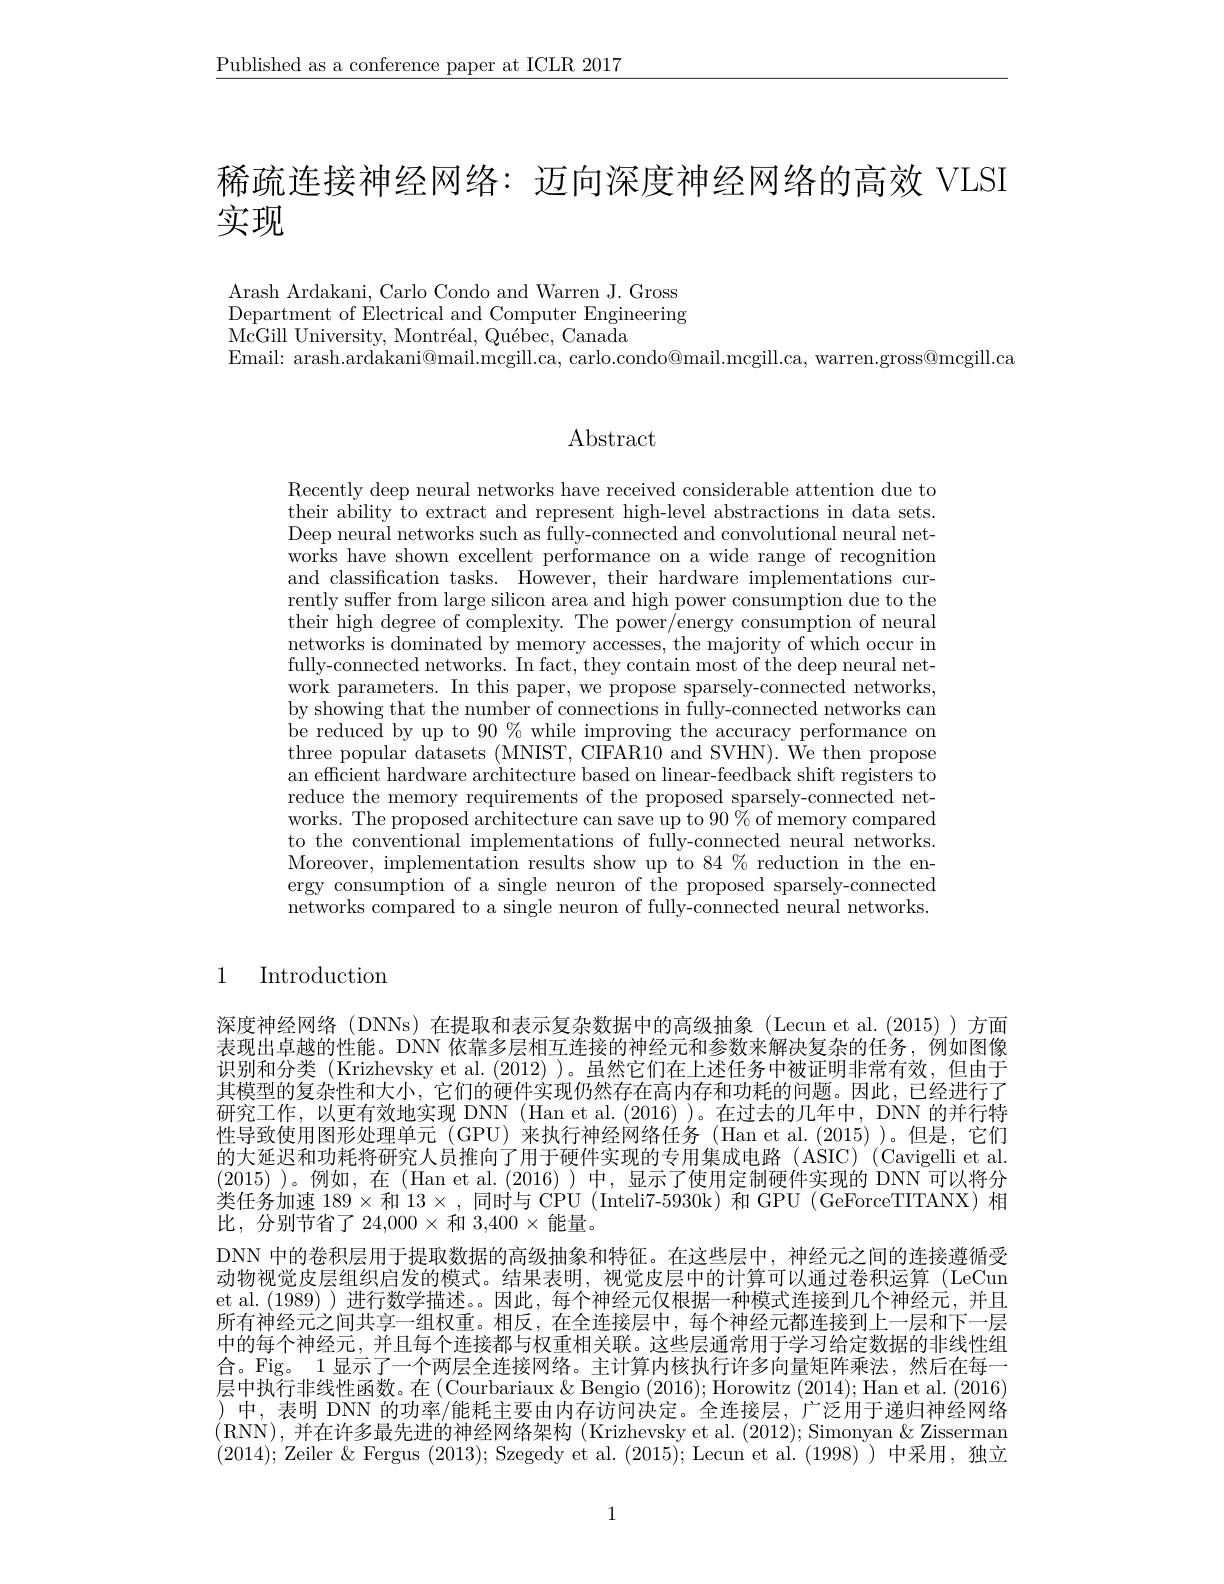
$\underline{\text{Published as a conference paper at ICLR 2017}}$

稀疏连接神经网络：迈向深度神经网络的高效 VLSI
实现

Arash Ardakani, Carlo Condo and Warren J. Gross Department of Electrical and Computer Engineering $\dot{\mathrm{McGill~University,~Montr\'{e}al,~Qu\'{e}bec,~Canada}}$
Email: arash.ardakani@mail.mcgill.ca, carlo.condo@mail.mcgill.ca, warren.gross@mcgill.ca

# Abstract

Recently deep neural networks have received considerable attention due to their ability to extract and represent high-level abstractions in data sets. Deep neural networks such as fully-connected and convolutional neural networks have shown excellent performance on a wide range of recognition and classification tasks. However, their hardware implementations currently suffer from large silicon area and high power consumption due to the their high degree of complexity. The power/energy consumption of neural networks is dominated by memory accesses, the majority of which occur in fully-connected networks. In fact, they contain most of the deep neural network parameters. In this paper, we propose sparsely-connected networks, by showing that the number of connections in fully-connected networks can be reduced by up to $90\%$while improving the accuracy performance on three popular datasets (MNIST, CIFAR10 and SVHN). We then propose an efficient hardware architecture based on linear-feedback shift registers to reduce the memory requirements of the proposed sparsely-connected networks. The proposed architecture can save up to $90\%$ of memory compared to the conventional implementations of fully-connected neural networks. Moreover, implementation results show up to 84 % reduction in the energy consumption of a single neuron of the proposed sparsely-connected $\bar{\text{networks compared to a single neuron of fully-connected neural networks.}}$

1

Introduction

深度神经网络 (DNNs)在提取和表示复杂数据中的高级抽象 (Lecun et al.(2015))方面表现出卓越的性能。DNN 依靠多层相互连接的神经元和参数来解决复杂的任务，例如图像识别和分类 (Krizhevsky et al. (2012) )。虽然它们在上述任务中被证明非常有效，但由于其模型的复杂性和大小，它们的硬件实现仍然存在高内存和功耗的问题。因此，已经进行了研究工作，以更有效地实现 DNN(Han et al.(2016))。在过去的几年中，DNN 的并行特性导致使用图形处理单元 (GPU)来执行神经网络任务 (Han et al.(2015))。但是，它们的大延迟和功耗将研究人员推向了用于硬件实现的专用集成电路(ASIC)(Cavigelli et al. (2015) )。例如，在 (Han et al. (2016) )中，显示了使用定制硬件实现的 DNN 可以将分类任务加速 $189\times$和 13$\times$ ,同时与 CPU (Inteli7-5930k) 和 GPU (GeForceTITANX)相比，分别节省了 24,000 × 和 $3,400\times$能量。
DNN 中的卷积层用于提取数据的高级抽象和特征。在这些层中，神经元之间的连接遵循受动物视觉皮层组织启发的模式。结果表明，视觉皮层中的计算可以通过卷积运算 (LeCun et al. (1989) )进行数学描述。。因此，每个神经元仅根据一种模式连接到几个神经元，并且所有神经元之间共享一组权重。相反，在全连接层中，每个神经元都连接到上一层和下一层中的每个神经元，并且每个连接都与权重相关联。这些层通常用于学习给定数据的非线性组合。Fig。1 显示了一个两层全连接网络。主计算内核执行许多向量矩阵乘法，然后在每一层中执行非线性函数。在 (Courbariaux & Bengio (2016); Horowitz (2014); Han et al. (2016) )中，表明 DNN 的功率/能耗主要由内存访问决定。全连接层，广泛用于递归神经网络(RNN),并在许多最先进的神经网络架构 (Krizhevsky et al. (2012);Simonyan &Zisserman (2014); Zeiler $\&$ Fergus (2013); Szegedy et al.(2015); Lecun et al.(1998))中采用，独立

1